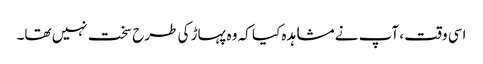
اسی وقت ، آپ نے مشاہدہ کیا کہ وہ پہاڑ کی طرح سخت نہیں تھا۔